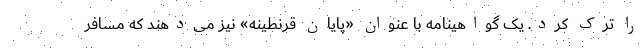
را ترک کرد. یک گواهینامه با عنوان «پایان قرنطینه» نیز می‌دهند که مسافر